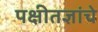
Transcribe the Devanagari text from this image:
पक्षीतज्ञांचे